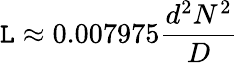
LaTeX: \mathtt{L}\approx0.007975{\frac{{d^{2}N^{2}}}{{D}}}